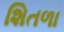
શિતળા